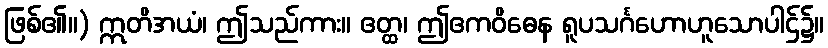
ဖြစ်၏။) ဣတိအယံ၊ ဤသည်ကား။ ဧတ္ထ၊ ဤဧကဝိဓေန ရူပသင်္ဂဟောဟူသောပါဌ်၌။